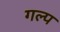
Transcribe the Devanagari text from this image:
गल्‍प